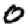
Digit: 0